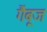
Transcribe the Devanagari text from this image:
गैंबूज